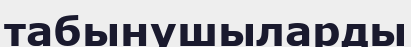
табынушыларды